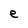
Character: e